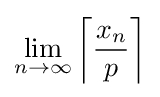
\lim _{n\to \infty }\left\lceil {\frac {x_{n}}{p}}\right\rceil